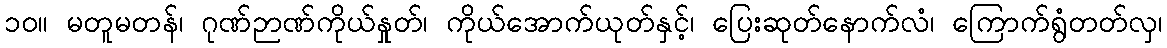
၁၀။ မတူမတန်၊ ဂုဏ်ဉာဏ်ကိုယ်နှုတ်၊ ကိုယ်အောက်ယုတ်နှင့်၊ ပြေးဆုတ်နောက်လံ၊ ကြောက်ရွံတတ်လှ၊